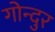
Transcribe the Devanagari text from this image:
गोन्दुर